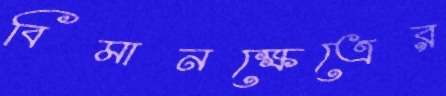
বিমানক্ষেত্রের